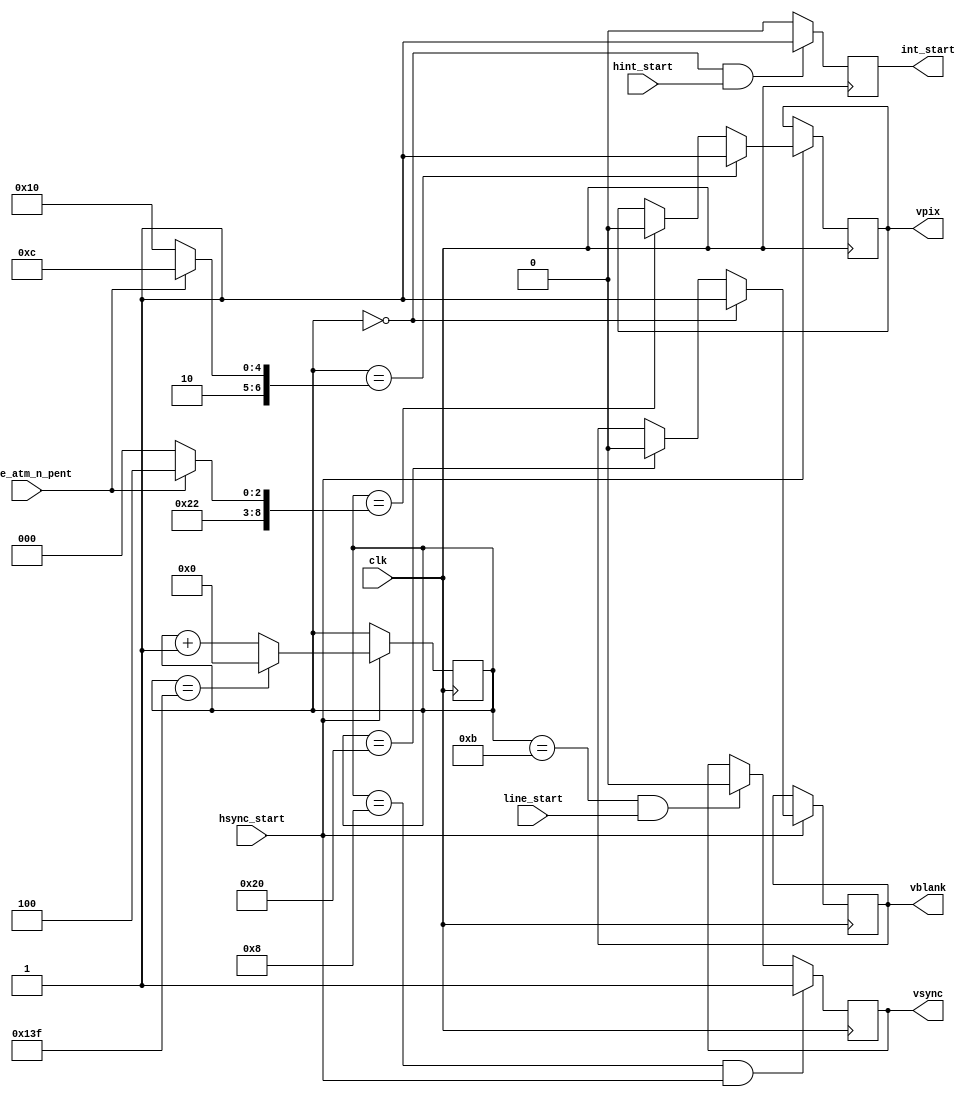
module video_sync_v(

	input  wire        clk,

	input  wire        hsync_start, // synchronizing signal
	input  wire        line_start,  // to end vsync some time after hsync has ended

	input  wire        hint_start,



	// atm video mode input
	input  wire        mode_atm_n_pent,



	output reg         vblank,
	output reg         vsync,

	output reg         int_start, // one-shot positive pulse marking beginning of INT for Z80

	output reg         vpix // vertical picture marker: active when there is line with pixels in it, not just a border. changes with hsync edge
);





	localparam VBLNK_BEG = 9'd00;
	localparam VSYNC_BEG = 9'd08;
	localparam VSYNC_END = 9'd11;
	localparam VBLNK_END = 9'd32;

	localparam INT_BEG = 9'd0;

	// pentagon (x192)
	localparam VPIX_BEG_PENT = 9'd080;//9'd064;
	localparam VPIX_END_PENT = 9'd272;//9'd256;

	// ATM (x200)
	localparam VPIX_BEG_ATM = 9'd076;//9'd060;
	localparam VPIX_END_ATM = 9'd276;//9'd260;

	localparam VPERIOD = 9'd320; // pentagono foreva!


	reg [8:0] vcount;




	initial
	begin
		vcount = 9'd0;
		vsync = 1'b0;
		vblank = 1'b0;
		vpix = 1'b0;
		int_start = 1'b0;
	end

	always @(posedge clk) if( hsync_start )
	begin
		if( vcount==(VPERIOD-9'd1) )
			vcount <= 9'd0;
		else
			vcount <= vcount + 9'd1;
	end



	always @(posedge clk) if( hsync_start )
	begin
		if( vcount==VBLNK_BEG )
			vblank <= 1'b1;
		else if( vcount==VBLNK_END )
			vblank <= 1'b0;
	end


	always @(posedge clk)
	begin
		if( (vcount==VSYNC_BEG) && hsync_start )
			vsync <= 1'b1;
		else if( (vcount==VSYNC_END) && line_start  )
			vsync <= 1'b0;
	end


	always @(posedge clk)
	begin
		if( (vcount==INT_BEG) && hint_start )
			int_start <= 1'b1;
		else
			int_start <= 1'b0;
	end



	always @(posedge clk) if( hsync_start )
	begin
		if( vcount==(mode_atm_n_pent ? VPIX_BEG_ATM : VPIX_BEG_PENT) )
			vpix <= 1'b1;
		else if( vcount==(mode_atm_n_pent ? VPIX_END_ATM : VPIX_END_PENT) )
			vpix <= 1'b0;
	end


endmodule